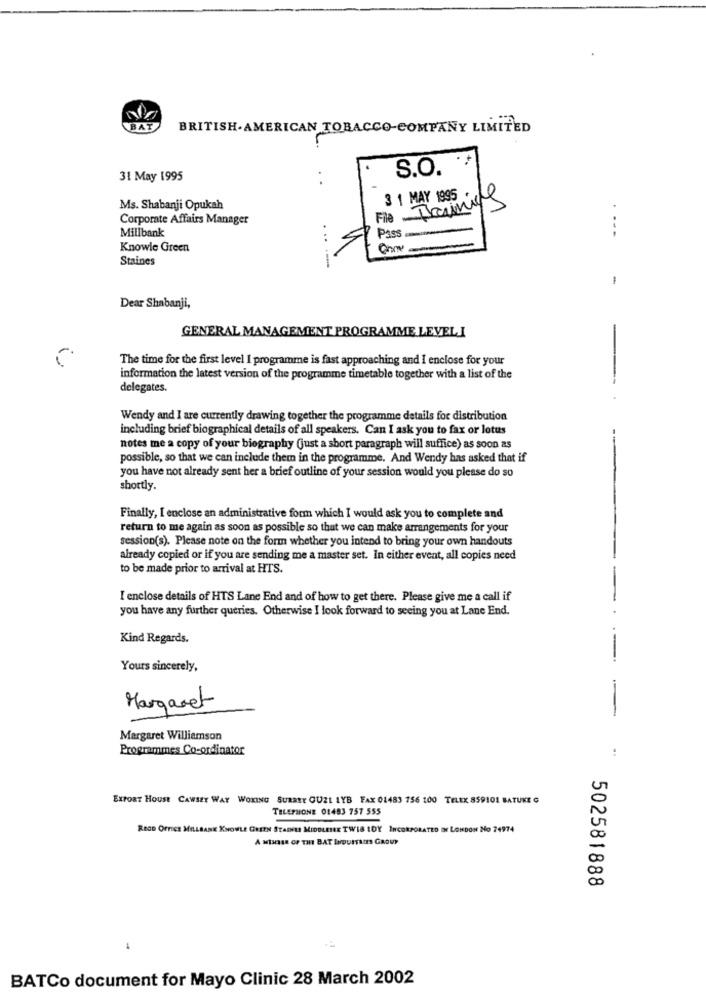
BAT
BRITISH.AMERICAN TOBACCO-COMPANY LIMITED
S.O.
31 May 1995
File Thannine
3 1 MAY 1995 +
Ms. Shabanji Opukah
Corporate Affairs Manager
Millbank
...
P338
- ---
Knowle Green
Staines
-
Dear Shabanji,
GENERAL MANAGEMENT PROGRAMME LEVELI
The time for the first level I programme is fast approaching and I enclose for your
information the latest version of the programme timetable together with a list of the
-
delegates.
Wendy and I are currently drawing together the programme details for distribution
including brief biographical details of all speakers. Can I ask you to fax or lotus
notes me a copy of your biography (just a short paragraph will suffice) as soon as
possible, so that we can include them in the programme, And Wendy has asked that if
you have not already sent her a brief outline of your session would you please do so
shortly.
Finally, I enclose an administrative form which I would ask you to complete and
return to me again as soon as possible so that we can make arrangements for your
session(s). Please note on the form whether you intend to bring your own handouts
already copied or if you are sending me a master set. In either event, all copies need
to be made prior to arrival at HTS.
I enclose details of HTS Lane End and of how to get there. Please give me a call if
you have any further queries. Otherwise I look forward to seeing you at Lane End.
Kind Regards.
----
Yours sincerely,
Margaret
-
Margaret Williamson
Programmes Co-ordinator
:
Exroar Houst CAWSET WAY WOKING SURREY CUZL LYB FAX 01483 756 100 TELEK 859101 BATUKE G
TELEPHONE 01483 757 555
RED OFFICE MILLBANK KNOWLE GREEN STAINLI MIDDLESEE TWIS IDY INCORPORATED IN LONDON NO 74974
A MIMRER OF THE BAT INDUITSITS GROUP
502581888
1
BATCo document for Mayo Clinic 28 March 2002